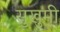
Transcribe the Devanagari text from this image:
सुखुमी